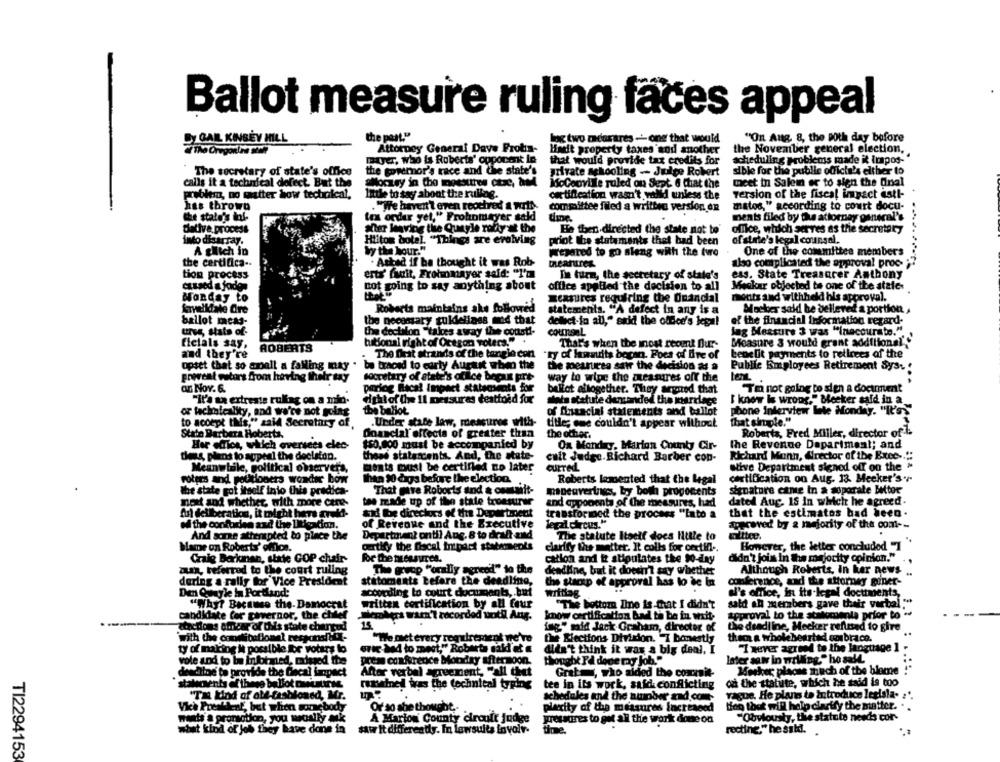
Ballot measure ruling faces appeal
the past."
"On Aug 8, the Both day before
DY GAIL KINSEY MILL
Ing two mearares -' one that would
& The OregonUne steer
Attorney General Dave Frotis-
Haut property taxes and another
the November general election,
moer, who is Roberts' opporenk in
that would provide tax credits for
scheduling problems made it Impos-
The secretary of state's office
the governor's race and the state's
private schooling - Juice Robert
sible for the public officie's elther to
calls it a technical defect. But the
ahocury in the moesttres chic, and
MoCeoville ruled on Sept @ Chat the
meet in Salein er to sign the Onal
problera, no matter how technical,
Intle to say about the ruling.
certification wasn't valld unless the
version of the fiscal impact estt-
. "We haven't even reochred a wrlA.
matos," according to court docu-
has thrown
committee filed a written version. on
the state's ini-
In order yel," Frohnmayer sald
ments filed by the attorney general's
Dative process
sher leaving the Quayle rafty at the
office, which serves as the secretary
He then directed the state not to'
into disarray.
Hilton hotel. "Things are evolving
priot the statements that had been
of state's legal counsel.
A gilich in
by the hour."
Wepared to go sleng with the ture
One of the committee members
the certifica ..
· Asked if ba thought it was Rob-
theartres
also complicated the approval proc-
tion process
erts' fault, Frohnmayer said: "I'm
In turn, the secretary of state's
ess. State Treasurer Anthony
cussed a foden
not going to say anything about
office applied the decision to all
Maskar objected to one of the staic-
Monday to
Textures requiring the Onancial
ments and withheld bis approval.
Kavelldale dre
Roberts maintains ake followed
statements. "A defect in any is a
Mecker said he belleved a portion ..
ballot mcas-
the necessary guidelines med that
of the financial information regard-
delect-in all," said the office's lega!
urus, stats of-
the deelsloo "takes away the court-
counsel
lag Measure 3 was "inaccurate."
ficials say,
tuitional right of Oregon volers." .
Measure 3 would grant additional''
ROBERTS
That's when the most reomt Durr-
and they're
. The first strands of the tangle con
"ry of lawsuits becan. Foes of fire of benefit payments to retirees af the
opset that so small a falling may . be traced to carty Aurtust when the
the measures sair the decision as a
Public Employees Retirement Sys-
proveat vetors from having their say
secretary of state's office becaus pre-
way to wipe the ateamares off the
lenL .
an Nov. 6.
"To not going to sien a document
criog Bacal Impact statements for
ballot altogether. They argued that
"it's ex extreste rullag on a min-
fighi of the Il measures deattoid for
data statute demanded the marriage
I know is wrong." Becker said in a
or fachinteality, and we're not going
the ballot
of Inaacial statements and ballot
phone interview Inte Monday. "It's"
to accept IMs," said Secretary of,
.Under state law, measures with-
titles ome couldn't appear without
That simple."
State Barbera Roberts.
Onancial effects of greater than
the other.
Roberts, Fred Miller, director of -
Her office, which oversees elec-
$50,000 must be accompanied by
On Monday, Marion County Cir-
the Revenue Department; and
dess plans to appeal the decision.
thead statercents. And, the state-
cuit Judge.Richard Barber con-
Richard Mann, Wrector of the Exce -.::
Meanwhile, political observers,
ments must be certified no later
curred
stive Department signed off on the *
rotters and poutioners wonder bow
than 10 days before the election.
Roberts lamented that the Legal
certification on Aug. 13. Meeker's ++-
the state gof itself into this predica-
That mire Roborts and a causailt-
mapeavertrags, by both proponents
signature came In a separate bittor
next and whether, with more care-
toe made up of the state treasurer
and opponents of the measures, had
dated Aug. 15 in which he agreed.
Aurl delliberation, it might here aveld-
aid be direchos of the Depertinent
transformed the process "Into a
that the estimates had been.
.il the confusion and the Litigation.
of Revenue and the Executive
approved by a majority of the com --
And some attempted to place the
Department ontil Aug. 8 to draft and
The statute Itself does Ittle to
Elitee
Mame on Roberts' office.
certify the Discal Impact statements
clarify the matter. It colls for certill ..
However, the letter concluded 1
Craig Barknan, state GOP chair-
for the measures.
cation and it stipulates the 90-day
didn't join In the majority opinion."
az, referred to the court ruling
The geop "orally agreed" to the
deadline, but it doesn't say whether
Although Roberts, In ker news
during a rally for' Vice President
statoments Lefare the deadline,
the starsp of approval has to be in
conference, and the attorney giner-
Den Quayle In Portland:
according to court documents, but
writing
al's office, in its-legal docttments,
sald an members gave thair varbal ""
"Why? Because the-Damocrat
written certification by all four
"The bottom line is-that I didn't
candidate for governor, the chief
contra warn't recorded until Ang.
know certification bad ta be in wxit-
approval to the stinocuenta prior to -
15
atactions offear of Ihis state chuntud
fag" said Jack Graham, director of
the deadline, Mecker refined to give
with the condiballonel responshift-
"We met every requirement ne've
the Riections Division. I bonestly
theen a wholehearted conbrace.
"I never agreed to the language ] -
ty of making it possible Ior voters lo
"ric ted to meet," Roberta maldi et .
didn't think it was a big deal. I
vole and to be informed, missed the
prem conference Monday afternoon.
thought På done may Job."
Inter saw in willing." ho sell.
Mother places much of the blame
derdine to provide the Cecal impact
After verbal agreement, "all thet
Grata, who aided the commit-
stalecents of these ballot ouiusures
remained tres the technical typing
tee in its work, said conflicting
o the statute, which he said is too
"TH Kind of old-fashioned, Mr.
schedules and the number and.com
vague. He plans to introduce legisla-
moment, but when somebody
Or so she thought.
plexity of the measures increased
tog that will help clarify the matter.
"Obviously, the statute needs cor-
wants a promotion, you wecally ak
A Marion County circuit judge
pressures to get all the work done on
what kind of job they have done in
saw It differently. In lawsuits in valr.
time.
recting," he sski.
TI2294153